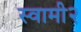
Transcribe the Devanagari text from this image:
स्वामी२